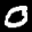
Label: 0